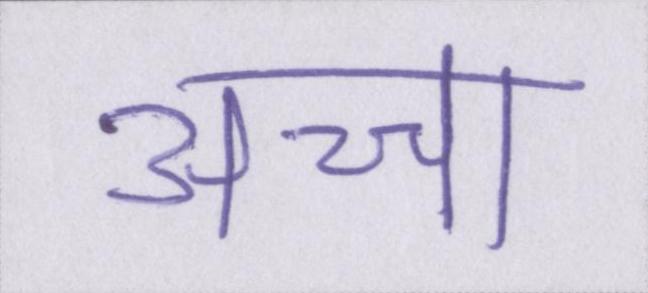
अच्चा